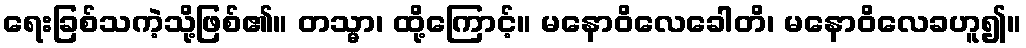
ရေးခြစ်သကဲ့သို့ဖြစ်၏။ တသ္မာ၊ ထို့ကြောင့်။ မနောဝိလေခေါတိ၊ မနောဝိလေခဟူ၍။